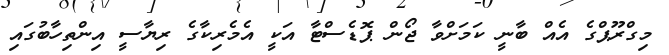
މިގްރޫޕްގެ އެއް ބާނީ ކަމަށްވާ ޖޯން ޕޮޑެސްޓާ އަކީ އެމެރިކާގެ ރިޔާސީ އިންތިހާބުގައި